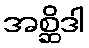
အစ္ဆိဒါ